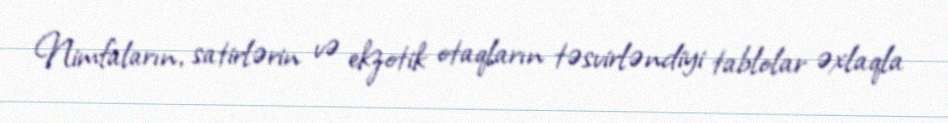
Nimfaların, satirlərin və ekzotik otaqların təsvirləndiyi tablolar əxlaqla